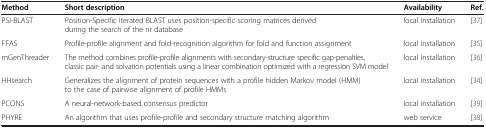
<table><thead><tr><td><b>Method</b></td><td><b>Short description</b></td><td><b>Availability</b></td><td><b>Ref.</b></td></tr></thead><tbody><tr><td>PSI-BLAST</td><td>Position-Specific Iterated BLAST uses position-specific scoring matrices derived during the search of the nr database</td><td>local installation</td><td>[37]</td></tr><tr><td>FFAS</td><td>Profile-profile alignment and fold-recognition algorithm for fold and function assignment</td><td>local installation</td><td>[35]</td></tr><tr><td>mGenThreader</td><td>The method combines profile-profile alignments with secondary-structure specific gap-penalties, classic pair- and solvation potentials using a linear combination optimized with a regression SVM model</td><td>local installation</td><td>[36]</td></tr><tr><td>HHsearch</td><td>Generalizes the alignment of protein sequences with a profile hidden Markov model (HMM) to the case of pairwise alignment of profile HMMs</td><td>local installation</td><td>[34]</td></tr><tr><td>PCONS</td><td>A neural-network-based consensus predictor</td><td>local installation</td><td>[39]</td></tr><tr><td>PHYRE</td><td>An algorithm that uses profile-profile and secondary structure matching algorithm</td><td>web service</td><td>[38]</td></tr></tbody></table>